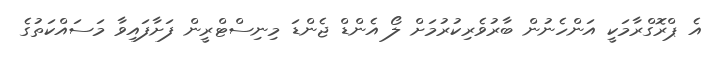
އެ ޕްރޮގްރާމަކީ އަންހެނުން ބާރުވެރިކުރުމަށް ލޯ އެންޑް ޖެންޑަ މިނިސްޓްރީން ފަށާފައިވާ މަސައްކަތުގެ